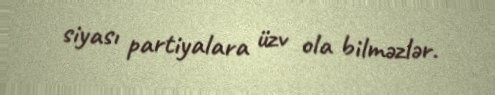
siyası partiyalara üzv ola bilməzlər.